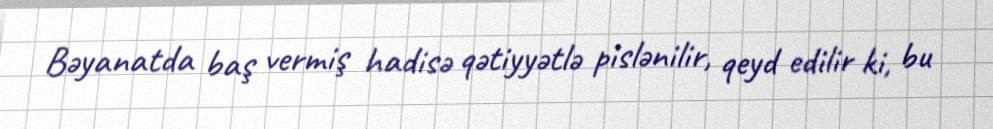
Bəyanatda baş vermiş hadisə qətiyyətlə pislənilir, qeyd edilir ki, bu